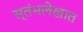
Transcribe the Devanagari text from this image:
स्तंभलेखात